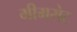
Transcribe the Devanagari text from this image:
मीमरोट